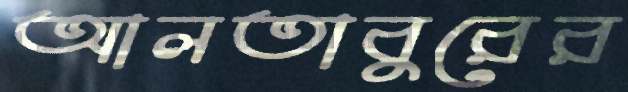
আলতাবুরের